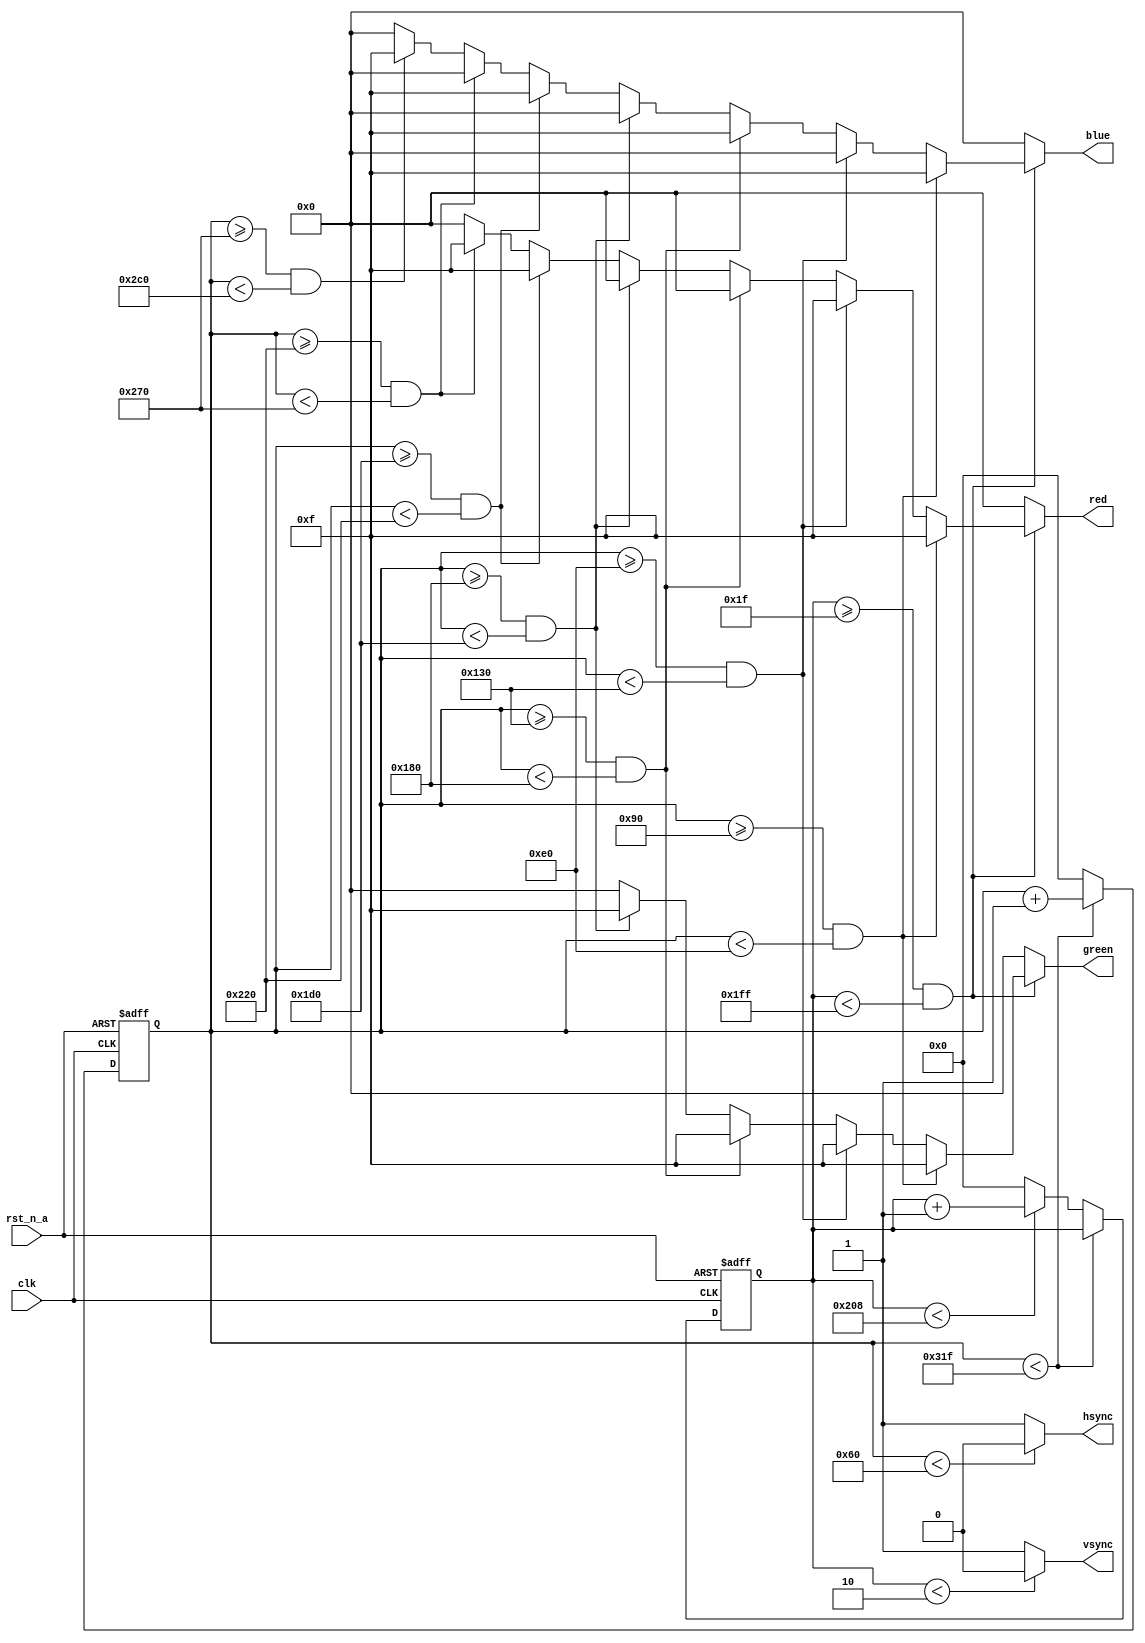
`timescale 1ns / 1ps
//////////////////////////////////////////////////////////////////////////////////
// Company: 
// Engineer: 
// 
// Design Name: 
// Module Name:    vga640x480 
// Project Name: 
// Target Devices: 
// Tool versions: 
// Description: 
//
// Dependencies: 
//
// Revision: 
// Revision 0.01 - File Created
// Additional Comments: 
//
//////////////////////////////////////////////////////////////////////////////////
module vga640x480(
	input wire clk,			//pixel clock: 25MHz
	input wire rst_n_a,			//asynchronous reset
	output wire hsync,		//horizontal sync out
	output wire vsync,		//vertical sync out
	output reg [3:0] red,	//red vga output
	output reg [3:0] green, //green vga output
	output reg [3:0] blue	//blue vga output
);

	// video structure constants
	parameter hpixels = 800;// horizontal pixels per line
	parameter vlines = 521; // vertical lines per frame
	parameter hpulse = 96; 	// hsync pulse length
	parameter vpulse = 2; 	// vsync pulse length
	parameter hbp = 144; 	// end of horizontal back porch
	parameter hfp = 784; 	// beginning of horizontal front porch
	parameter vbp = 31; 		// end of vertical back porch
	parameter vfp = 511; 	// beginning of vertical front porch
	// active horizontal video is therefore: 784 - 144 = 640
	// active vertical video is therefore: 511 - 31 = 480

	// registers for storing the horizontal & vertical counters
	reg [9:0] hc;
	reg [9:0] vc;

	// Horizontal & vertical counters --
	// this is how we keep track of where we are on the screen.
	// ------------------------
	// Sequential "always block", which is a block that is
	// only triggered on signal transitions or "edges".
	// posedge = rising edge  &  negedge = falling edge
	// Assignment statements can only be used on type "reg" and need to be of the "non-blocking" type: <=
	always @(posedge clk or negedge rst_n_a) begin
		// reset condition
		if (!rst_n_a) begin
			hc <= 0;
			vc <= 0;
		end
		else begin
			// keep counting until the end of the line
			if (hc < hpixels - 1)
				hc <= hc + 1;
			else begin
			// When we hit the end of the line, reset the horizontal
			// counter and increment the vertical counter.
			// If vertical counter is at the end of the frame, then
			// reset that one too.
				hc <= 0;
				if (vc < vlines - 1)
					vc <= vc + 1;
				else
					vc <= 0;
			end
		end
	end

	// generate sync pulses (active low)
	// ----------------
	// "assign" statements are a quick way to
	// give values to variables of type: wire
	assign hsync = (hc < hpulse) ? 0 : 1;
	assign vsync = (vc < vpulse) ? 0 : 1;

	// display 100% saturation colorbars
	// ------------------------
	// Combinational "always block", which is a block that is
	// triggered when anything in the "sensitivity list" changes.
	// The asterisk implies that everything that is capable of triggering the block
	// is automatically included in the sensitivty list.  In this case, it would be
	// equivalent to the following: always @(hc, vc)
	// Assignment statements can only be used on type "reg" and should be of the "blocking" type: =
	always @(*) begin
		// first check if we're within vertical active video range
		if (vc >= vbp && vc < vfp) begin
			// now display different colors every 80 pixels
			// while we're within the active horizontal range
			// -----------------
			// display white bar
			if (hc >= hbp && hc < (hbp + 80)) begin
				red = 4'b1111;
				green = 4'b1111;
				blue = 4'b1111;
			end
			// display yellow bar
			else if (hc >= (hbp + 80) && hc < (hbp + 160)) begin
				red = 4'b1111;
				green = 4'b1111;
				blue = 4'b0000;
			end
			// display cyan bar
			else if (hc >= (hbp + 160) && hc < (hbp + 240)) begin
				red = 4'b0000;
				green = 4'b1111;
				blue = 4'b1111;
			end
			// display green bar
			else if (hc >= (hbp + 240) && hc < (hbp + 320)) begin
				red = 4'b0000;
				green = 4'b1111;
				blue = 4'b0000;
			end
			// display magenta bar
			else if (hc >= (hbp + 320) && hc < (hbp + 400)) begin
				red = 4'b1111;
				green = 4'b0000;
				blue = 4'b1111;
			end
			// display red bar
			else if (hc >= (hbp + 400) && hc < (hbp + 480)) begin
				red = 4'b1111;
				green = 4'b0000;
				blue = 4'b0000;
			end
			// display blue bar
			else if (hc >= (hbp + 480) && hc < (hbp + 560)) begin
				red = 4'b0000;
				green = 4'b0000;
				blue = 4'b1111;
			end
			// display black bar
			else if (hc >= (hbp + 560) && hc < (hbp + 640)) begin
				red = 4'b0000;
				green = 4'b0000;
				blue = 4'b0000;
			end
			// we're outside active horizontal range so display black
			else begin
				red = 0;
				green = 0;
				blue = 0;
			end
		end
		// we're outside active vertical range so display black
		else begin
			red = 0;
			green = 0;
			blue = 0;
		end
	end

endmodule